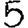
Digit: 5